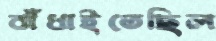
বাঁধাইতেছিল